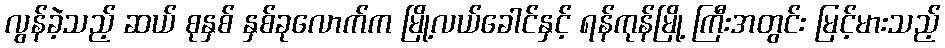
လွန်ခဲ့သည့် ဆယ် စုနှစ် နှစ်ခုလောက်က မြို့လယ်ခေါင်နှင့် ရန်ကုန်မြို့ ကြီးအတွင်း မြင့်မားသည့်